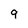
Character: 9